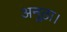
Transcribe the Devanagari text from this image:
अनूठा।